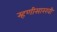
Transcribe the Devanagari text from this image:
म्हणीसारखी